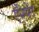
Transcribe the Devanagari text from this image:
एँश्येंट